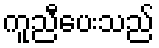
ကူညီပေးသည်